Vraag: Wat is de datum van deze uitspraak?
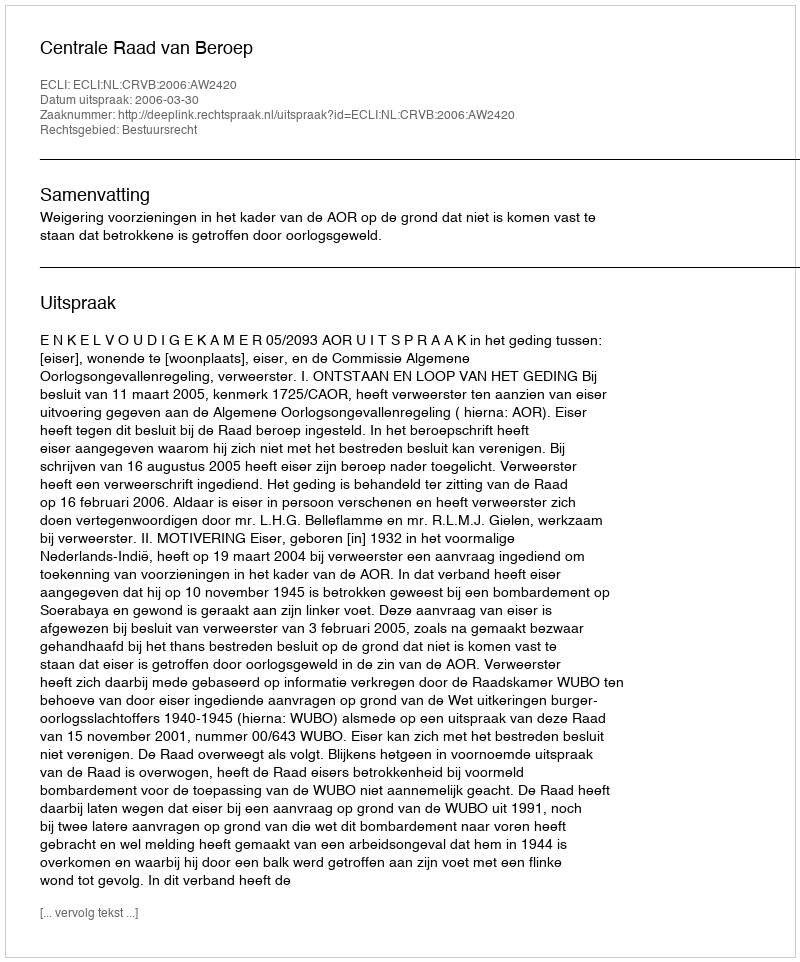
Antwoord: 2006-03-30